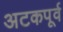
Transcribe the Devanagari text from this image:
अटकपूर्व